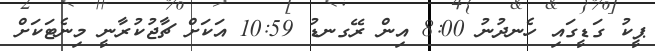
ޕީކު ގަޑީގައި ހެނދުނު 8:00 އިން ރޭގނޑު 10:59 އަކަށް ޗާޖުކުރާނީ މިނެޓަކަށް